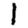
Digit: 1